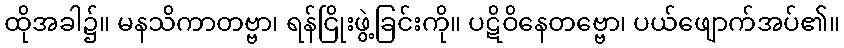
ထိုအခါ၌။ မနသိကာတဗ္ဗာ၊ ရန်ငြိုးဖွဲ့ခြင်းကို။ ပဋိဝိနေတဗ္ဗော၊ ပယ်ဖျောက်အပ်၏။